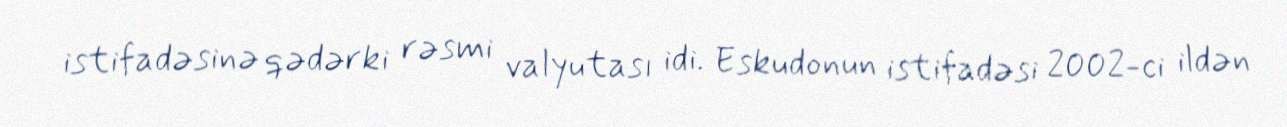
istifadəsinə qədərki rəsmi valyutası idi. Eskudonun istifadəsi 2002-ci ildən